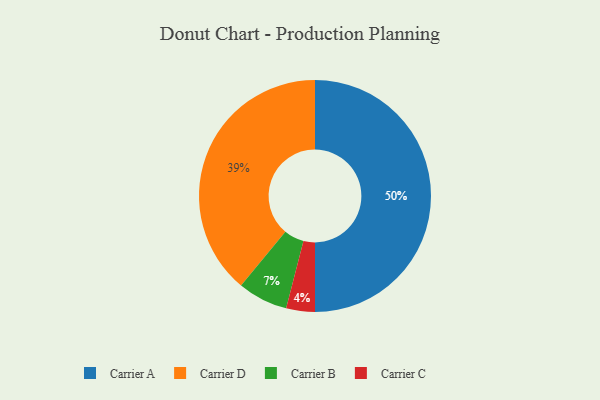
{"axis": {"x": "Category", "y": "Percentage"}, "legend": ["Carrier A", "Carrier B", "Carrier C", "Carrier D"], "data": [{"x": "Carrier D", "y": 39, "type": "Carrier D"}, {"x": "Carrier C", "y": 4, "type": "Carrier C"}, {"x": "Carrier B", "y": 7, "type": "Carrier B"}, {"x": "Carrier A", "y": 50, "type": "Carrier A"}]}